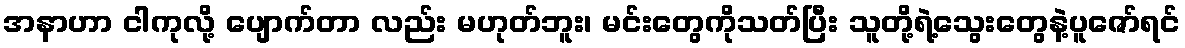
အနာဟာ ငါကုလို့ ပျောက်တာ လည်း မဟုတ်ဘူး၊ မင်းတွေကိုသတ်ပြီး သူတို့ရဲ့သွေးတွေနဲ့ပူဇော်ရင်